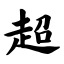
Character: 超